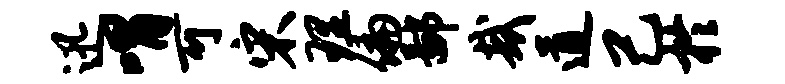
迅喟可宋理偏鄙哉道己於